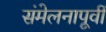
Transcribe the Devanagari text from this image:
संमेलनापूर्वी